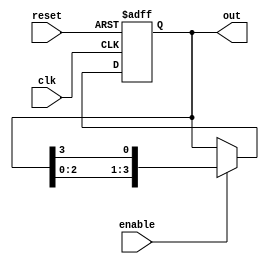
module ring_counter (
    input clk,
    input reset,
    input enable,
    output reg[3:0] out
);

reg[3:0] reg_out;

always @ (posedge clk or posedge reset) begin
    if (reset) begin
        reg_out <= 4'b0000;
    end else if (enable) begin
        reg_out <= {reg_out[2:0], reg_out[3]};
    end
end

assign out = reg_out;

endmodule